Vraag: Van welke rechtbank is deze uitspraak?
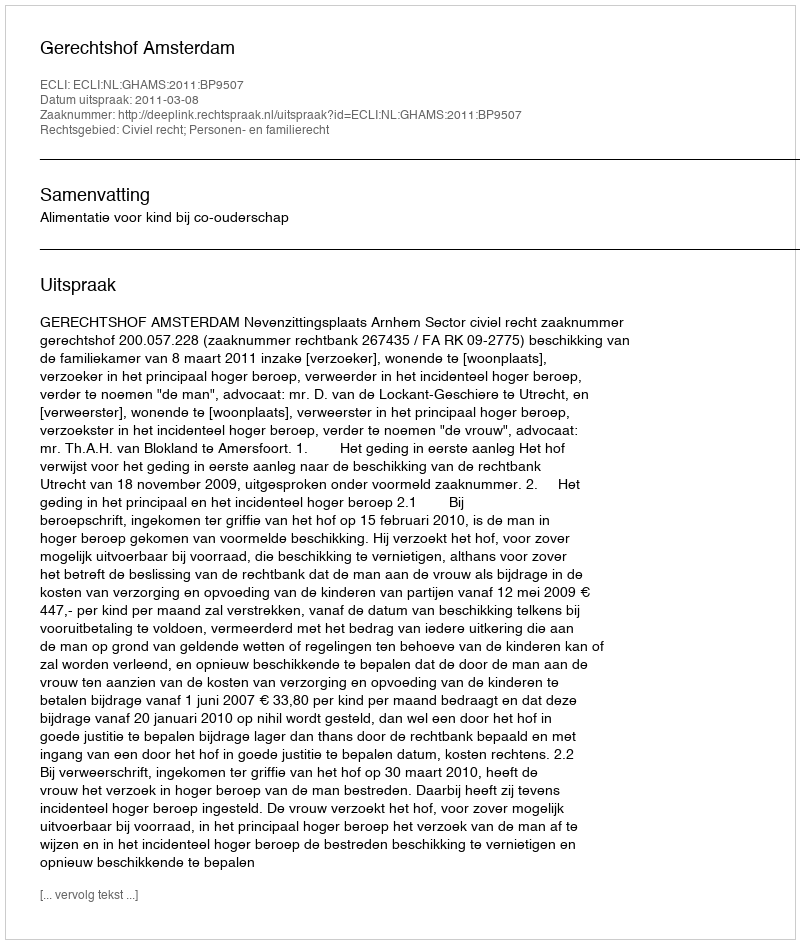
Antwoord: Gerechtshof Amsterdam